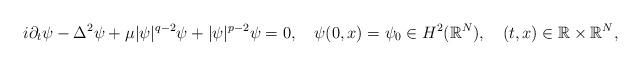
LaTeX: \begin{align*}i\partial_{t}\psi-\Delta^{2}\psi+\mu|\psi|^{q-2}\psi+|\psi|^{p-2}\psi=0, \quad\psi(0,x)=\psi_{0}\in H^2(\mathbb{R}^N),\quad(t,x)\in\mathbb{R}\times\mathbb{R}^{N},\end{align*}